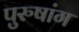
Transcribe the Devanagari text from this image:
पुरुषांग